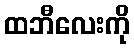
ထဘီလေးကို